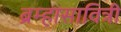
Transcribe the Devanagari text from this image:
ब्रम्हासावित्री